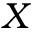
X